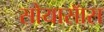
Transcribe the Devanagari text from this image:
सोयासॅास